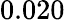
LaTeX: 0.020